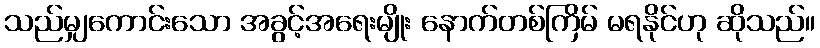
သည်မျှကောင်းသော အခွင့်အရေးမျိုး နောက်တစ်ကြိမ် မရနိုင်ဟု ဆိုသည်။